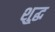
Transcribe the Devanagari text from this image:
शु्द्ध